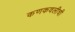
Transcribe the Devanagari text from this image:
कणकवलीची